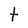
Character: t